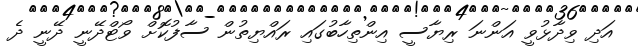
އަދި ވިދާޅުވީ އަންނަ ރިޔާސީ އިންތިހާބުގައި ރައްޔިތުން ސާފުކޮށް ވޯޓްދޭނީ ދޭނީ ދެ